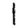
Digit: 1